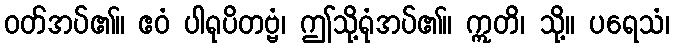
ဝတ်အပ်၏။ ဧဝံ ပါရုပိတဗ္ဗံ၊ ဤသို့ရုံအပ်၏။ ဣတိ၊ သို့။ ပရေသံ၊